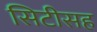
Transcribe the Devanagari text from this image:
सिटीसह